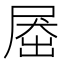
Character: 𡲗